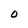
Character: O